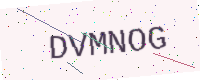
Text: DVMNOG